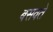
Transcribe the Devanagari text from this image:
बसवते